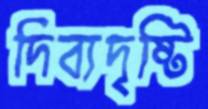
দিব্যদৃষ্টি